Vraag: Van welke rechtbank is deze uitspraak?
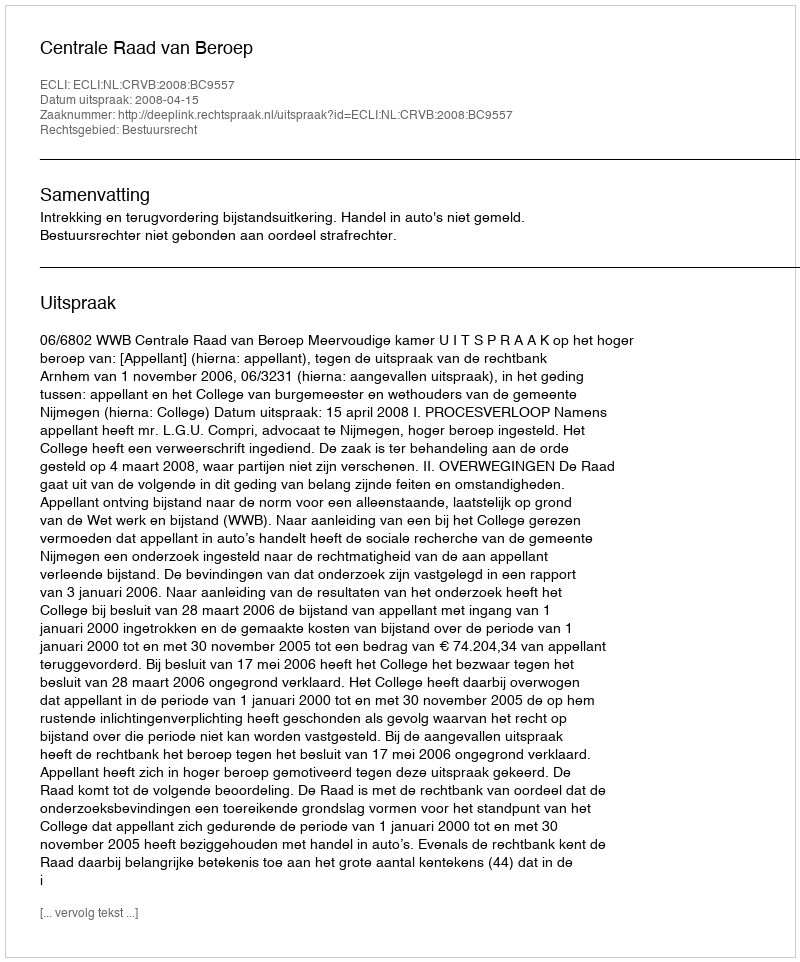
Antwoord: Centrale Raad van Beroep